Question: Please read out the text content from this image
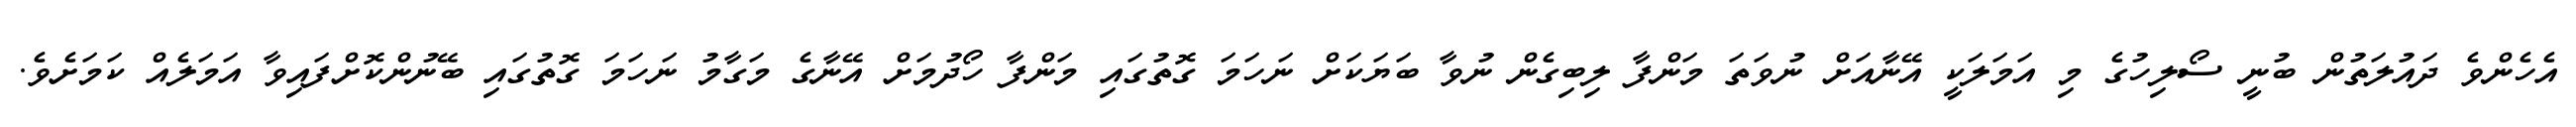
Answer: އެހެންވެ ދައުލަތުން ބުނީ ސޯލިހުގެ މި އަމަލަކީ އޭނާއަށް ނުވަތަ މަންފާ ލިބިގެން ނުވާ ބަޔަކަށް ނަހަމަ ގޮތުގައި މަންފާ ހޯދުމަށް އޭނާގެ މަގާމު ނަހަމަ ގޮތުގައި ބޭނުންކޮށްފައިވާ އަމަލެއް ކަމަށެވެ.